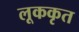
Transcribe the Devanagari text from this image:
लूककृत